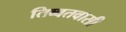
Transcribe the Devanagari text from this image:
तिब्बतवासी